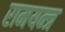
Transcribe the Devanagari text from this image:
रामयन्त्र